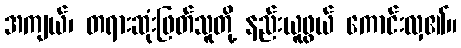
အကျယ်၊ တရားဆုံးဖြတ်သူတို့ နည်းယူဖွယ် ကောင်းလှ၏။